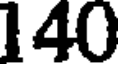
140